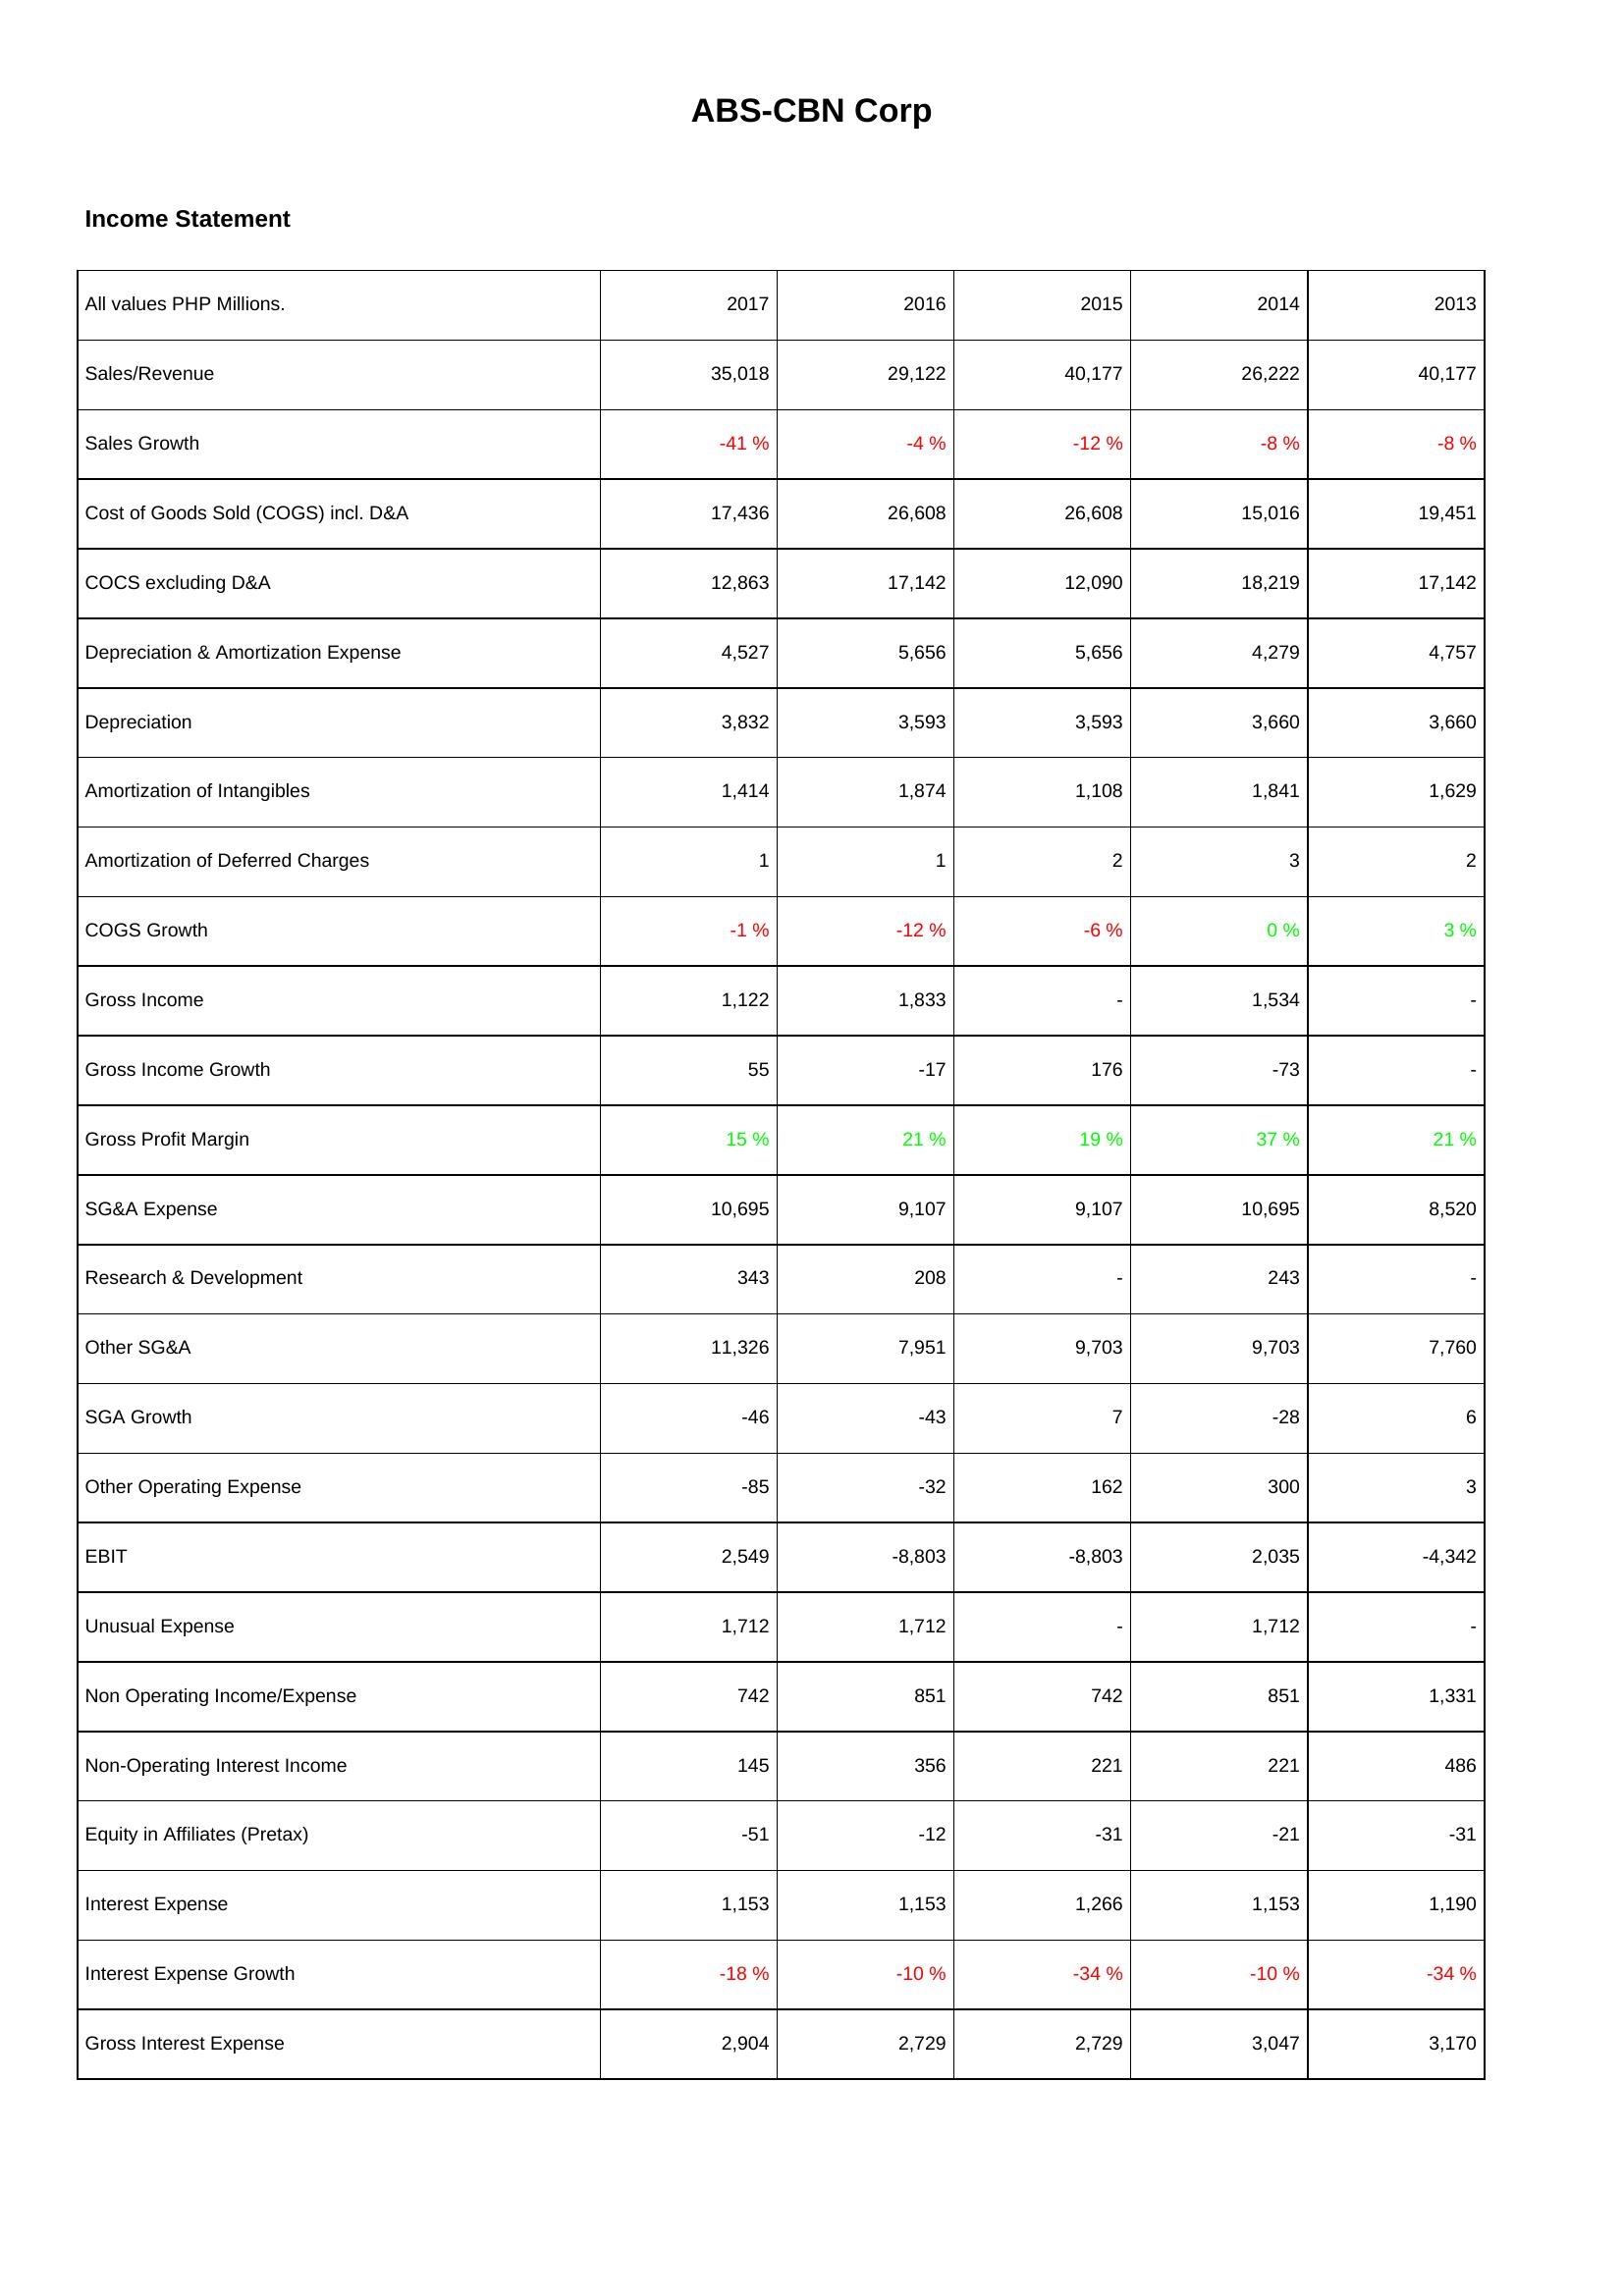
2017: Income Statement: Sales/Revenue: 35,018
Sales Growth: -41 %
Cost of Goods Sold (COGS) incl. D&A: 17,436
COCS excluding D&A: 12,863
Depreciation & Amortization Expense: 4,527
Depreciation: 3,832
Amortization of Intangibles: 1,414
Amortization of Deferred Charges: 1
COGS Growth: -1 %
Gross Income: 1,122
Gross Income Growth: 55
Gross Profit Margin: 15 %
SG&A Expense: 10,695
Research & Development: 343
Other SG&A: 11,326
SGA Growth: -46
Other Operating Expense: -85
EBIT: 2,549
Unusual Expense: 1,712
Non Operating Income/Expense: 742
Non-Operating Interest Income: 145
Equity in Affiliates (Pretax): -51
Interest Expense: 1,153
Interest Expense Growth: -18 %
Gross Interest Expense: 2,904
2016: Income Statement: Sales/Revenue: 29,122
Sales Growth: -4 %
Cost of Goods Sold (COGS) incl. D&A: 26,608
COCS excluding D&A: 17,142
Depreciation & Amortization Expense: 5,656
Depreciation: 3,593
Amortization of Intangibles: 1,874
Amortization of Deferred Charges: 1
COGS Growth: -12 %
Gross Income: 1,833
Gross Income Growth: -17
Gross Profit Margin: 21 %
SG&A Expense: 9,107
Research & Development: 208
Other SG&A: 7,951
SGA Growth: -43
Other Operating Expense: -32
EBIT: -8,803
Unusual Expense: 1,712
Non Operating Income/Expense: 851
Non-Operating Interest Income: 356
Equity in Affiliates (Pretax): -12
Interest Expense: 1,153
Interest Expense Growth: -10 %
Gross Interest Expense: 2,729
2015: Income Statement: Sales/Revenue: 40,177
Sales Growth: -12 %
Cost of Goods Sold (COGS) incl. D&A: 26,608
COCS excluding D&A: 12,090
Depreciation & Amortization Expense: 5,656
Depreciation: 3,593
Amortization of Intangibles: 1,108
Amortization of Deferred Charges: 2
COGS Growth: -6 %
Gross Income: -
Gross Income Growth: 176
Gross Profit Margin: 19 %
SG&A Expense: 9,107
Research & Development: -
Other SG&A: 9,703
SGA Growth: 7
Other Operating Expense: 162
EBIT: -8,803
Unusual Expense: -
Non Operating Income/Expense: 742
Non-Operating Interest Income: 221
Equity in Affiliates (Pretax): -31
Interest Expense: 1,266
Interest Expense Growth: -34 %
Gross Interest Expense: 2,729
2014: Income Statement: Sales/Revenue: 26,222
Sales Growth: -8 %
Cost of Goods Sold (COGS) incl. D&A: 15,016
COCS excluding D&A: 18,219
Depreciation & Amortization Expense: 4,279
Depreciation: 3,660
Amortization of Intangibles: 1,841
Amortization of Deferred Charges: 3
COGS Growth: 0 %
Gross Income: 1,534
Gross Income Growth: -73
Gross Profit Margin: 37 %
SG&A Expense: 10,695
Research & Development: 243
Other SG&A: 9,703
SGA Growth: -28
Other Operating Expense: 300
EBIT: 2,035
Unusual Expense: 1,712
Non Operating Income/Expense: 851
Non-Operating Interest Income: 221
Equity in Affiliates (Pretax): -21
Interest Expense: 1,153
Interest Expense Growth: -10 %
Gross Interest Expense: 3,047
2013: Income Statement: Sales/Revenue: 40,177
Sales Growth: -8 %
Cost of Goods Sold (COGS) incl. D&A: 19,451
COCS excluding D&A: 17,142
Depreciation & Amortization Expense: 4,757
Depreciation: 3,660
Amortization of Intangibles: 1,629
Amortization of Deferred Charges: 2
COGS Growth: 3 %
Gross Income: -
Gross Income Growth: -
Gross Profit Margin: 21 %
SG&A Expense: 8,520
Research & Development: -
Other SG&A: 7,760
SGA Growth: 6
Other Operating Expense: 3
EBIT: -4,342
Unusual Expense: -
Non Operating Income/Expense: 1,331
Non-Operating Interest Income: 486
Equity in Affiliates (Pretax): -31
Interest Expense: 1,190
Interest Expense Growth: -34 %
Gross Interest Expense: 3,170